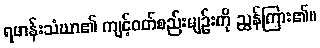
ရဟန်းသံဃာ၏ ကျင့်ဝတ်စည်းမျဉ်းကို ညွှန်ကြား၏။